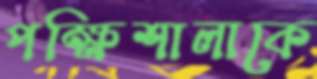
পক্ষিশালাকে